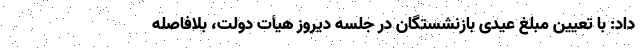
داد: با تعیین مبلغ عیدی بازنشستگان در جلسه دیروز هیأت دولت، بلافاصله